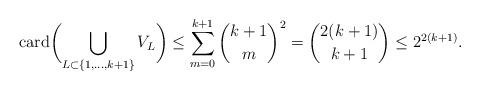
LaTeX: \begin{align*}{\rm card}\biggl(\bigcup_{L\subset \{1,\dots,k+1\}} V_L\biggr)\leq \sum_{m=0}^{k+1} {k+1\choose m}^2={2(k+1)\choose k+1}\leq 2^{2(k+1)}.\end{align*}